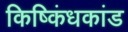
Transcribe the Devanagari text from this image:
किष्किंधकांड